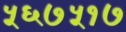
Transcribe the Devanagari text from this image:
५६७५१७